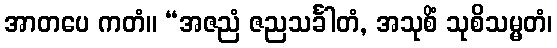
အာတပေ ကတံ။ “အဇညံ ဇညသင်္ခါတံ, အသုစိံ သုစိသမ္မတံ၊